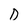
Character: D